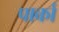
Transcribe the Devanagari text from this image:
पार्का